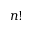
n !